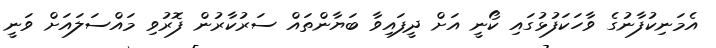
އެމަނިކުފާނުގެ ވާހަކަފުޅުގައި ކޯނީ އަށް ދީފައިވާ ބަޔާންތައް ސަރުކާރުން ފޮރުވި މައްސަލައަށް ވަނީ